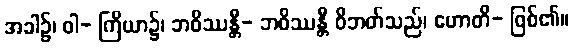
အခါ၌၊ ဝါ- ကြိယာ၌၊ ဘဝိဿန္တီ- ဘဝိဿန္တီ ဝိဘတ်သည်၊ ဟောတိ- ဖြစ်၏။